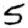
Digit: 5